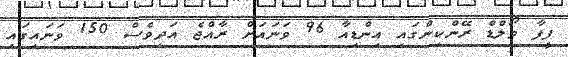
ފީފާ ވޯލްޑް ރޭންކިންގައި އިންޑިއާ 96 ވަނައަށް ރާއްޖެ އަދިވެސް 150 ވަނައިގައި